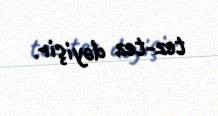
tez-tez dəyişir.